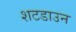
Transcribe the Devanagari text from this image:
शटडाउन